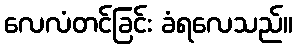
လေလံတင်ခြင်း ခံရလေသည်။